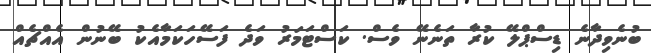
ބުނެވިދާނެ ޑިސްޕްލޭ ކުރާ ތަނެނޭ ވެސް. ކަސްޓަމަރު ވަދެ ފަސޭހަކަމާއެކު ބޭނުން އެއްޗެއް